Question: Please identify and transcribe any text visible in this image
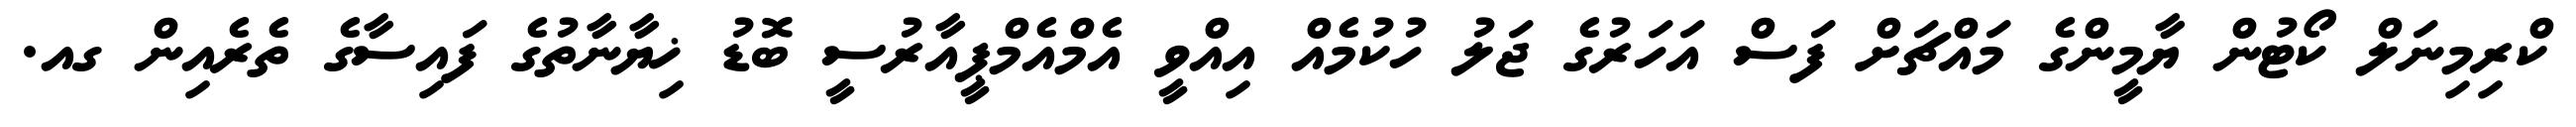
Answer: ކްރިމިނަލް ކޯޓުން ޔާމީންގެ މައްޗަށް ފަސް އަހަރުގެ ޖަލު ހުކުމެއް އިއްވީ އެމްއެމްޕީއާރުސީ ބޮޑު ޚިޔާނާތުގެ ފައިސާގެ ތެރެއިން ގއ.